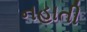
નહાતી